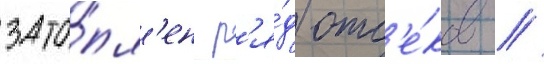
зато́пл'ен р'я́д отс'е́ков /